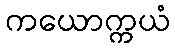
ကယောက္ကယံ